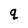
Character: g